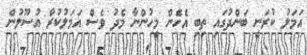
އަމަލު ކުރަނީ ބަންދުގައި ތިބި އެހެން މީހުންނާ މެދު ވެސް އަމަލުކުރާ އުސޫލުން